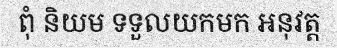
ពុំ និយម ទទួលយកមក អនុវត្ត